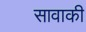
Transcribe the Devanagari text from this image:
सावाकी